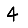
Digit: 4